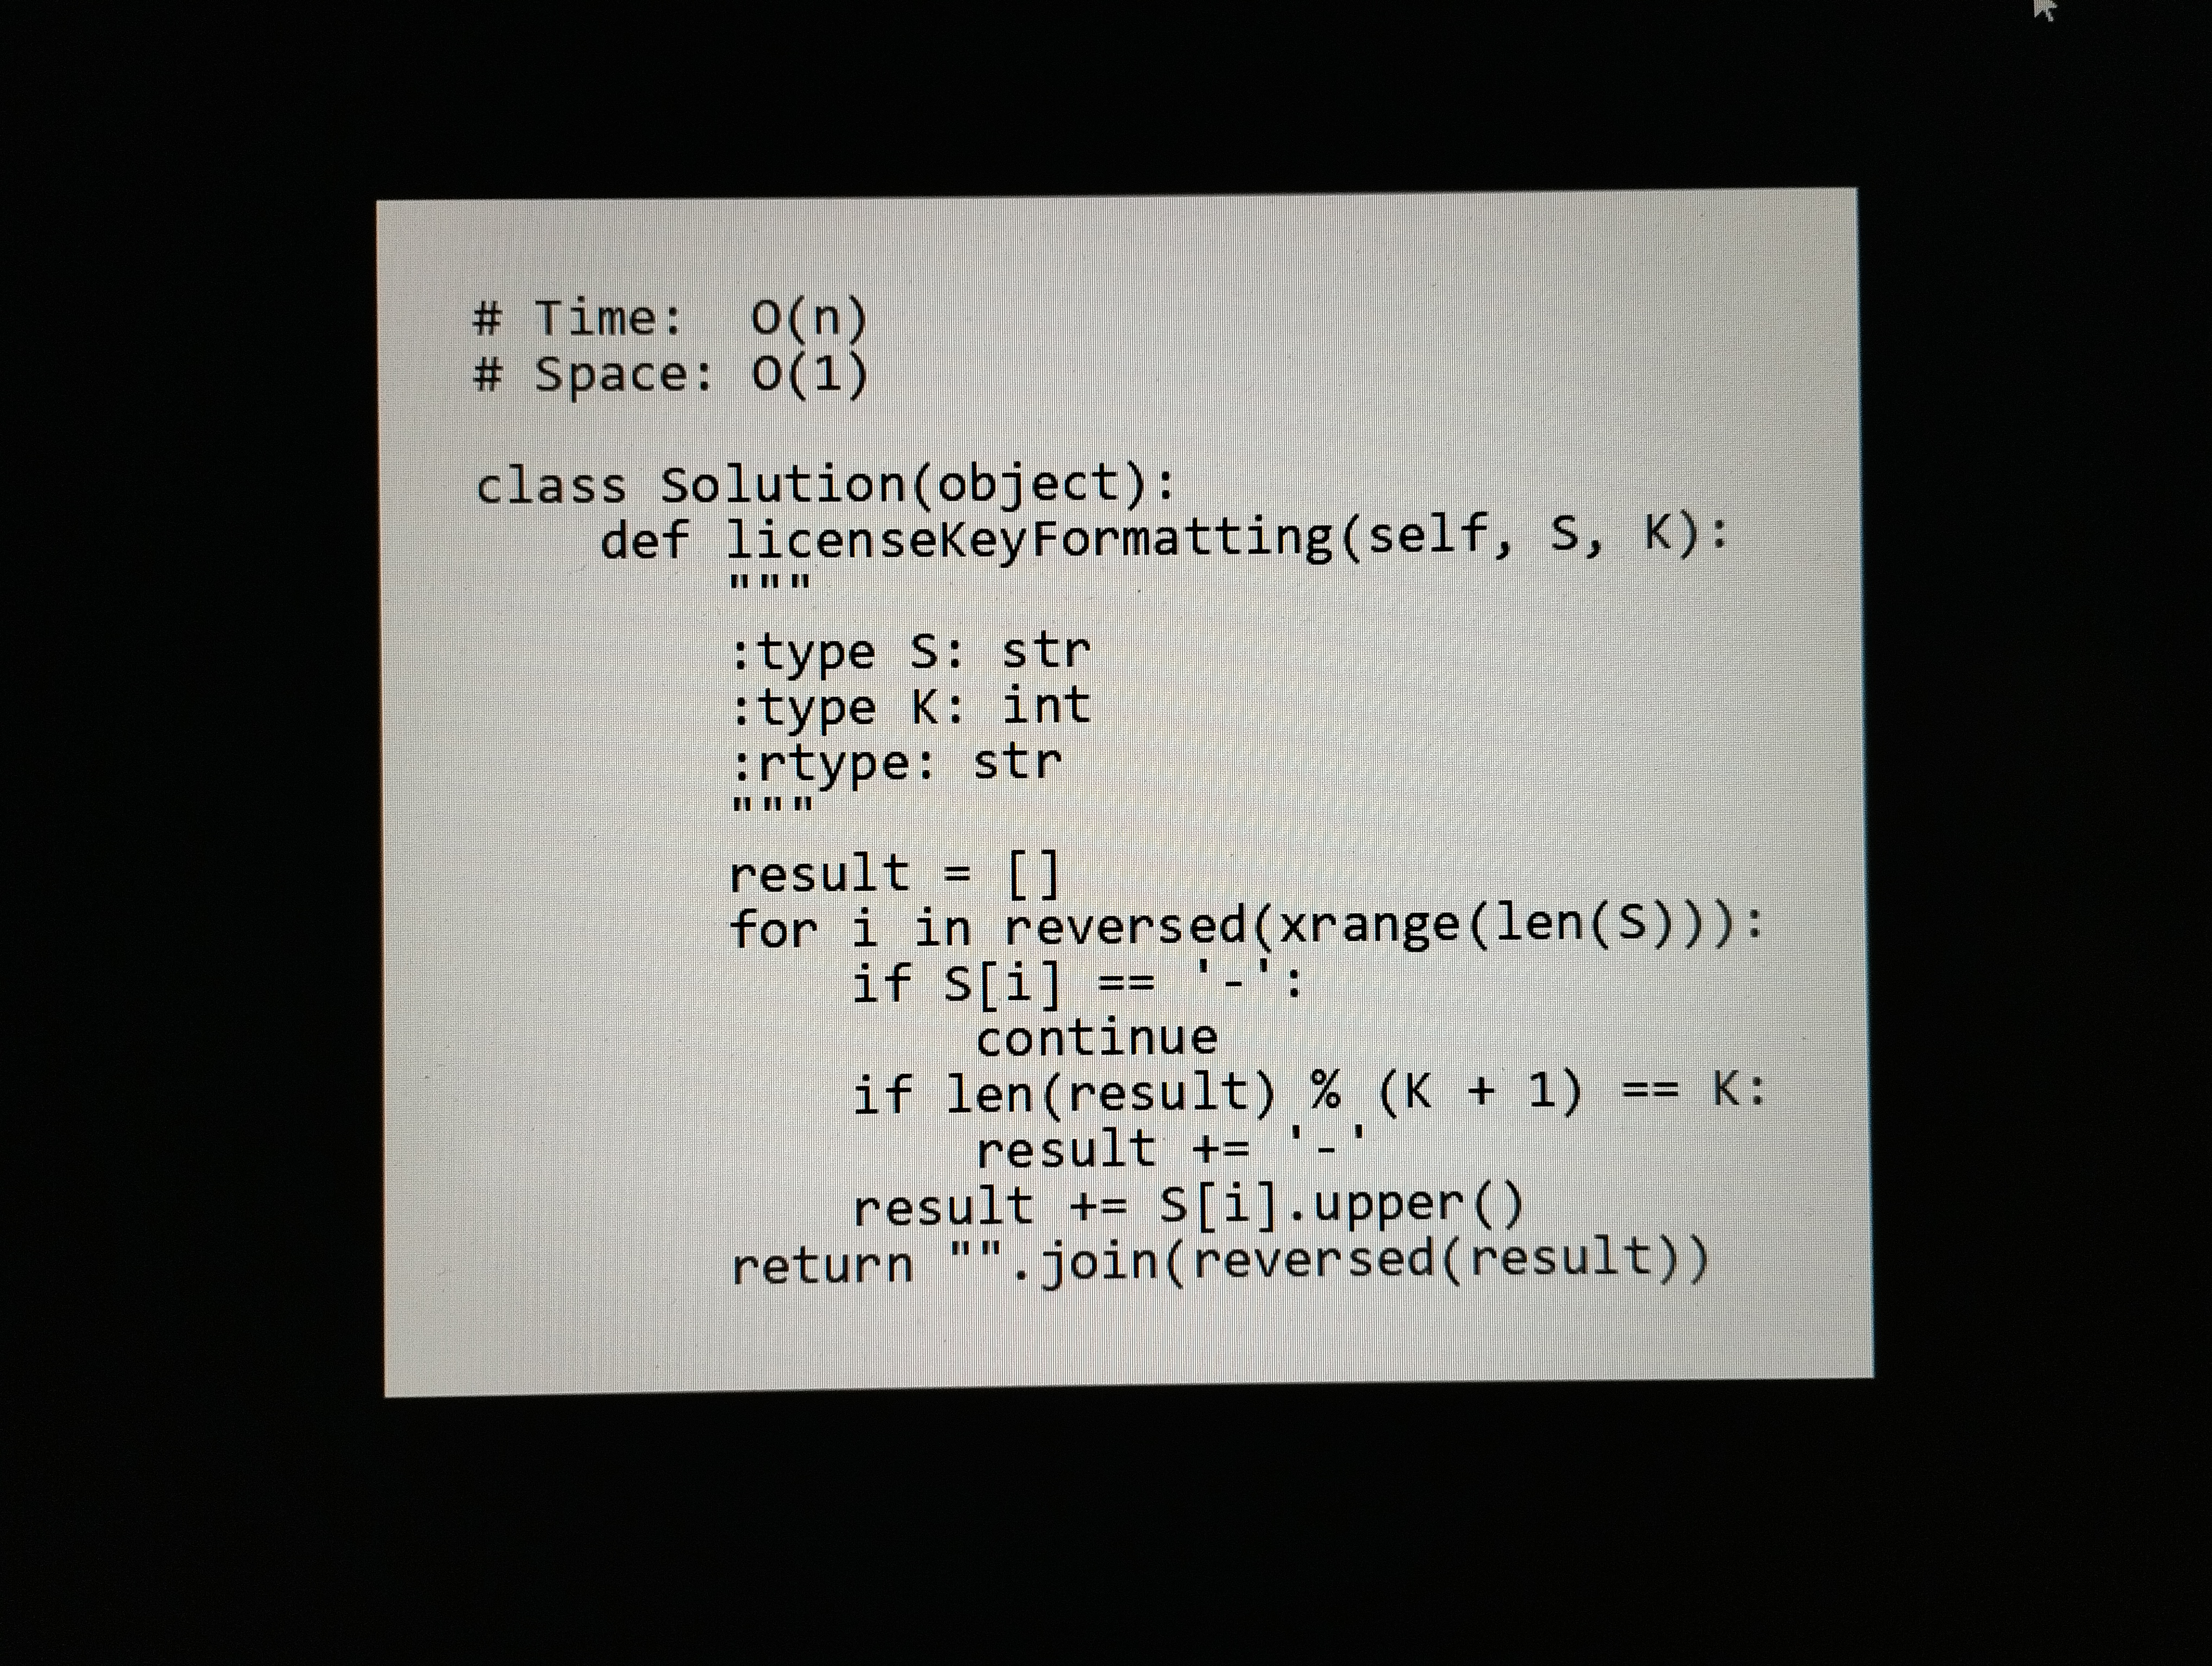
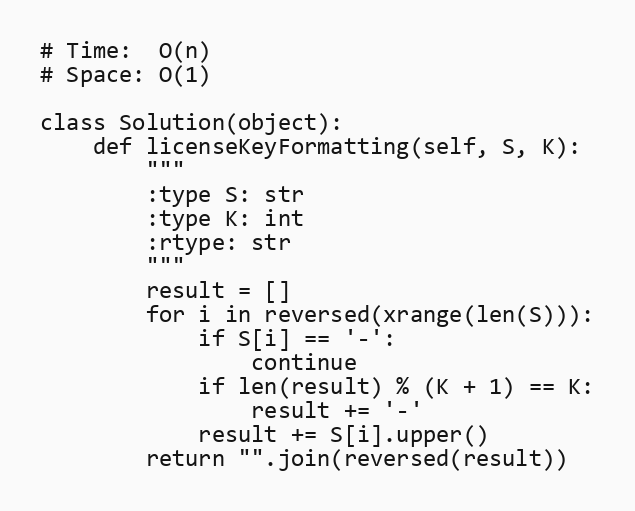
# Time:  O(n)
# Space: O(1)

class Solution(object):
    def licenseKeyFormatting(self, S, K):
        """
        :type S: str
        :type K: int
        :rtype: str
        """
        result = []
        for i in reversed(xrange(len(S))):
            if S[i] == '-':
                continue
            if len(result) % (K + 1) == K:
                result += '-'
            result += S[i].upper()
        return "".join(reversed(result))